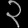
Digit: ၃